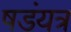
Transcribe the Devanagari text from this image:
षडंयत्र